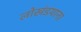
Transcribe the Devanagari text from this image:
लोखंडयाना